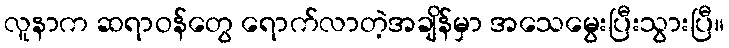
လူနာက ဆရာဝန်တွေ ရောက်လာတဲ့အချိန်မှာ အသေမွေးပြီးသွားပြီ။